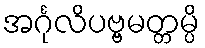
အင်္ဂုလိပဗ္ဗမတ္တမ္ပိ